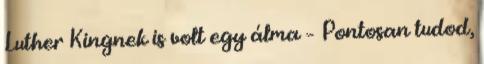
Luther Kingnek is volt egy álma – Pontosan tudod,